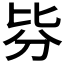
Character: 𣬄